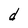
Character: d